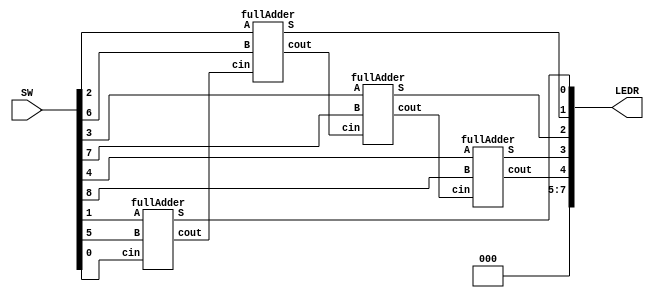
//SW[2:0] data inputs
//SW[9] select signal


module Part2(LEDR, SW);
    input [9:0] SW; // 1-4 FIRST DIGIT, 5-8 SECOND DIGIT,0 FIRST CARRY
    output [9:0] LEDR;
    wire WIRE0;
	 wire WIRE1;
	 wire WIRE2;

	 fullAdder bo(
	     .A(SW[1]),
		  .B(SW[5]),
		  .cin(SW[0]),
		  .S(LEDR[0]),
		  .cout(WIRE0)
	 );
	 
	 fullAdder b1(
	     .A(SW[2]),
		  .B(SW[6]),
		  .cin(WIRE0),
		  .S(LEDR[1]),
		  .cout(WIRE1)
	 );
	 
	 fullAdder b2(
	     .A(SW[3]),
		  .B(SW[7]),
		  .cin(WIRE1),
		  .S(LEDR[2]),
		  .cout(WIRE2)
	 );
	 
	 fullAdder b3(
	     .A(SW[4]),
		  .B(SW[8]),
		  .cin(WIRE2),
		  .S(LEDR[3]),
		  .cout(LEDR[4])
	 );
         
         assign LEDR[5] = 1'b0;
         assign LEDR[6] = 1'b0;
         assign LEDR[7] = 1'b0;
 

endmodule

module fullAdder(A, B, cin, S, cout);
    input A; // bits to add
    input B; 
    input cin; // carry value
	 output cout; // carry out
    output S; //output value

    assign S = A ^ B^ cin;
	 assign cout = (A&B) | (A&cin) | (B&cin);

endmodule